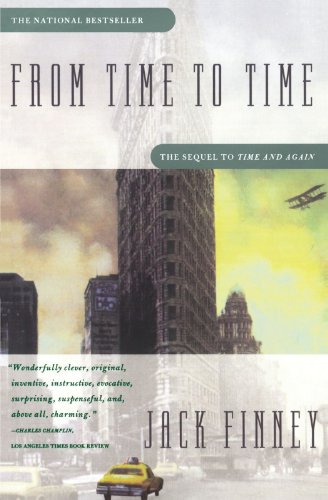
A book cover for From Time to Time; Jack Finney; Science Fiction & Fantasy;